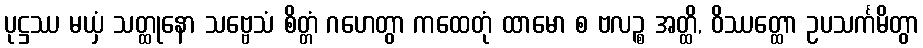
ပုဋ္ဌဿ မယှံ သတ္ထုနော သဗ္ဗေသံ စိတ္တံ ဂဟေတွာ ကထေတုံ ထာမော စ ဗလဉ္စ အတ္ထိ, ဝိဿတ္ထော ဥပသင်္ကမိတွာ